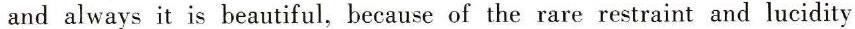
and always it is beautiful, because of the rare restraint and lucidity